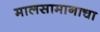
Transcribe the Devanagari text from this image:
मालसामानाचा